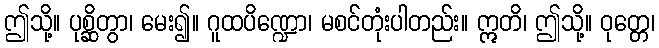
ဤသို့။ ပုစ္ဆိတွာ၊ မေး၍။ ဂူထပိဏ္ဍော၊ မစင်တုံးပါတည်း။ ဣတိ၊ ဤသို့။ ဝုတ္တေ၊